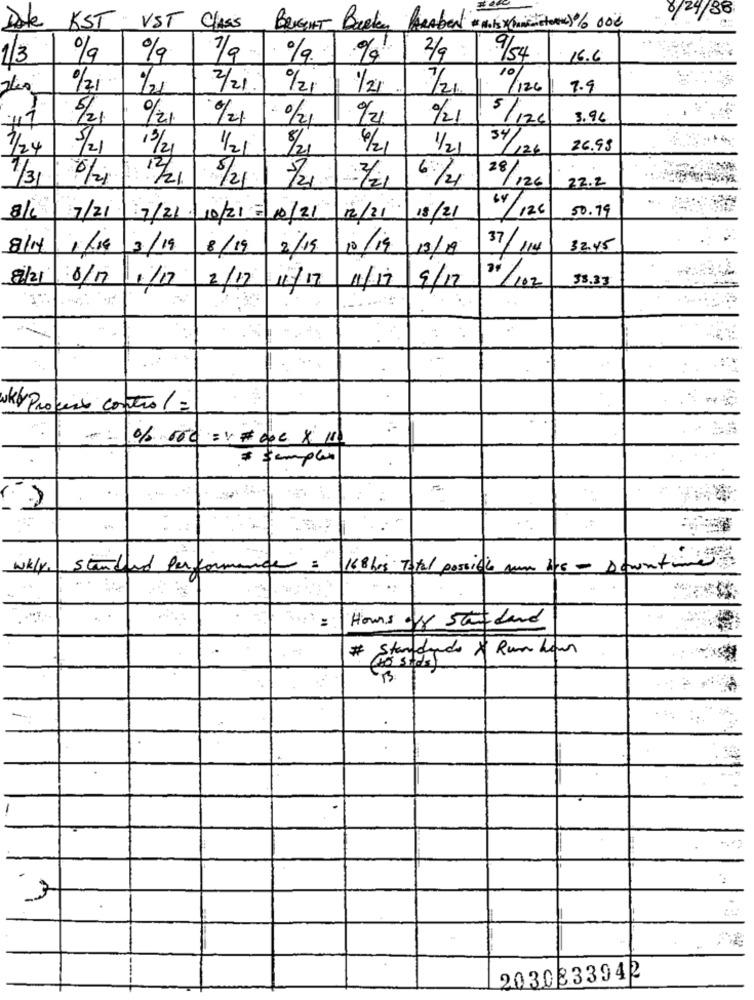
8/24/38
Date KST
VST Class
BRIGHT
Boeken
2/9 :
1/3
%
9/54
16.6
10
0/21
1/21
2/21
0/21
1/21
1/20
/126
7.9
5/21
0/21
0/21
/21
0921
0/21
5/126
3.96
1/24
13/21
1/2/
6/21
1/21
34/126
26.95
1/31
1/21
28/
5/21
0/126
22.2
64
..
/ 126
50.79
7/21
7/21 /10/21 7|10/21
12/31
18/21
8/4
3/19
8/19
2/15
10/19/13/19
37/114
32.45
8/21 0/17/1/17
38.33
2/17/11/17
11/17/9/12
21/102
oky Profesio control =
* samples
wkly.
Standard Performance :
168 bis Total possible som the - stationen
Hours of Standard
# Standards & Run hour
2030833942